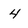
Character: 4